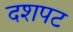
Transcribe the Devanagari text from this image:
दशपट